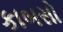
કાબસો